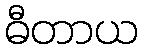
ဓီတာယ